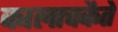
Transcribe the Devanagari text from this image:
कालाचकैते